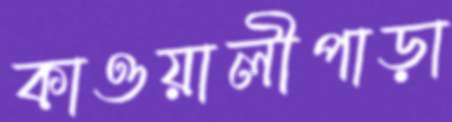
কাওয়ালীপাড়া